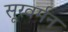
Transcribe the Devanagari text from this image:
सूरवर्मन